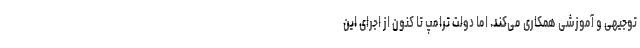
توجیهی و آموزشی همکاری می‌کند. اما دولت ترامپ تا کنون از اجرای این